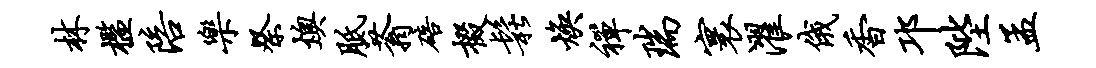
林槛陪乐祭燠胝蓊碚掇松焕禅瑞寰濯俄香邛陛孟